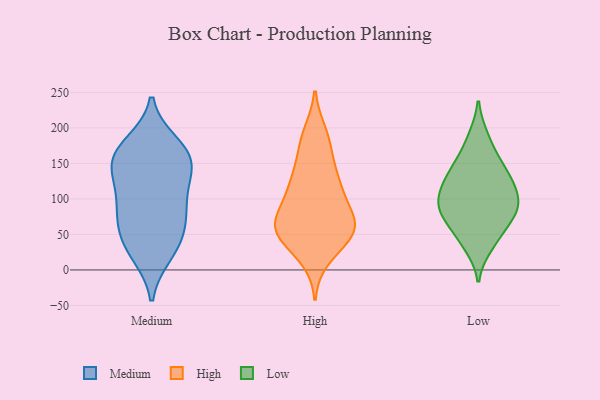
{"axis": {"x": "Bounce Rate (%)", "y": "Value"}, "legend": ["High", "Low", "Medium"], "data": [{"x": "", "y": 167, "type": "Medium"}, {"x": "", "y": 80, "type": "Medium"}, {"x": "", "y": 23, "type": "Medium"}, {"x": "", "y": 30, "type": "Medium"}, {"x": "", "y": 138, "type": "Medium"}, {"x": "", "y": 88, "type": "Medium"}, {"x": "", "y": 167, "type": "Medium"}, {"x": "", "y": 59, "type": "Medium"}, {"x": "", "y": 177, "type": "Medium"}, {"x": "", "y": 110, "type": "Medium"}, {"x": "", "y": 77, "type": "Medium"}, {"x": "", "y": 131, "type": "Medium"}, {"x": "", "y": 151, "type": "Medium"}, {"x": "", "y": 156, "type": "Medium"}, {"x": "", "y": 38, "type": "Medium"}, {"x": "", "y": 186, "type": "High"}, {"x": "", "y": 193, "type": "High"}, {"x": "", "y": 71, "type": "High"}, {"x": "", "y": 79, "type": "High"}, {"x": "", "y": 143, "type": "High"}, {"x": "", "y": 16, "type": "High"}, {"x": "", "y": 113, "type": "High"}, {"x": "", "y": 57, "type": "High"}, {"x": "", "y": 62, "type": "High"}, {"x": "", "y": 61, "type": "High"}, {"x": "", "y": 118, "type": "High"}, {"x": "", "y": 52, "type": "High"}, {"x": "", "y": 163, "type": "High"}, {"x": "", "y": 35, "type": "High"}, {"x": "", "y": 123, "type": "High"}, {"x": "", "y": 63, "type": "High"}, {"x": "", "y": 100, "type": "High"}, {"x": "", "y": 47, "type": "High"}, {"x": "", "y": 98, "type": "Low"}, {"x": "", "y": 123, "type": "Low"}, {"x": "", "y": 157, "type": "Low"}, {"x": "", "y": 89, "type": "Low"}, {"x": "", "y": 144, "type": "Low"}, {"x": "", "y": 33, "type": "Low"}, {"x": "", "y": 67, "type": "Low"}, {"x": "", "y": 112, "type": "Low"}, {"x": "", "y": 84, "type": "Low"}, {"x": "", "y": 49, "type": "Low"}, {"x": "", "y": 83, "type": "Low"}, {"x": "", "y": 188, "type": "Low"}, {"x": "", "y": 127, "type": "Low"}]}